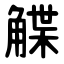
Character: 䚢